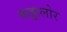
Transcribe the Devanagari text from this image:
कड्डालोर